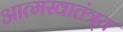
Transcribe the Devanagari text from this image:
आत्मस्वातंत्र्य